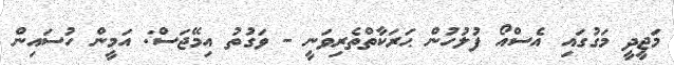
މަޖީދީ މަގުގައި އެސްއޯ ފުލުހުން ޙަރަކާތްތެރިވަނީ - ވަގުތު އިމޭޖަސް: އަމީން ހުސައިން